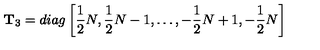
{ \bf T } _ { 3 } = d i a g \left[ { \frac { 1 } { 2 } } N , { \frac { 1 } { 2 } } N - 1 , \dots , - { \frac { 1 } { 2 } } N + 1 , - { \frac { 1 } { 2 } } N \right]